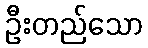
ဦးတည်သော